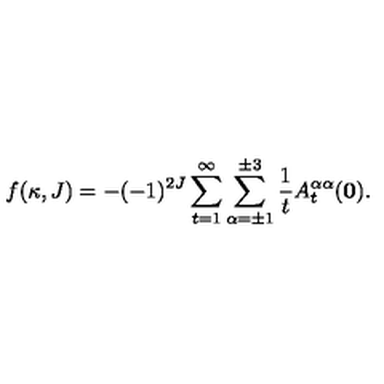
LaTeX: f ( \kappa , J ) = - ( - 1 ) ^ { 2 J } \sum _ { t = 1 } ^ { \infty } \sum _ { \alpha = \pm 1 } ^ { \pm 3 } \frac { 1 } { t } A _ { t } ^ { \alpha \alpha } ( { \bf 0 } ) .